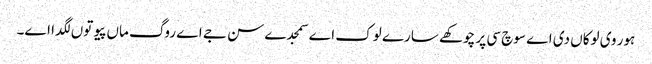
ہور وی لوکاں دی اے سوچ سی پر چوکھے سارے لوک اے سمجدے سن جے اے روگ ماں پیو توں لگدا اے۔